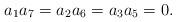
LaTeX: \begin{align*}a_1a_7=a_2a_6=a_3a_5=0.\end{align*}